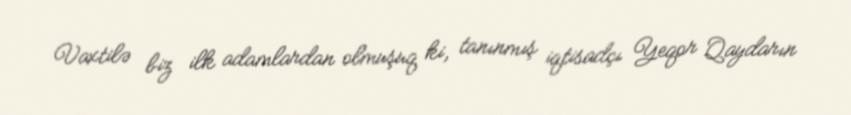
Vaxtilə biz ilk adamlardan olmuşuq ki, tanınmış iqtisadçı Yeqor Qaydarın